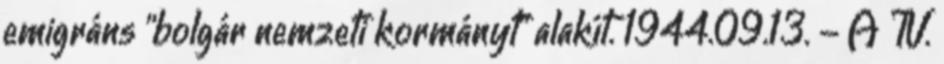
emigráns "bolgár nemzeti kormányt" alakít. 1944.09.13. - A IV.